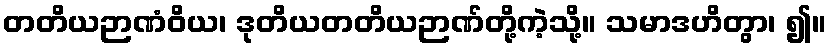
တတိယဉာဏံဝိယ၊ ဒုတိယတတိယဉာဏ်တို့ကဲ့သို့။ သမာဒဟိတွာ၊ ၍။